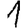
Digit: 1